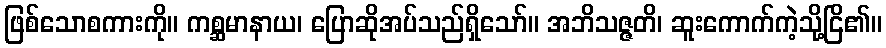
ဖြစ်သောစကားကို။ ကစ္ဆမာနာယ၊ ပြောဆိုအပ်သည်ရှိသော်။ အဘိသဇ္ဇတိ၊ ဆူးကောက်ကဲ့သို့ငြိ၏။